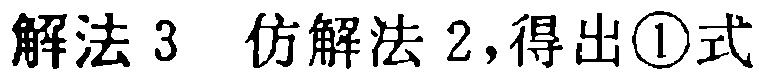
解法 3  仿解法 2,得出\textcircled{1}式